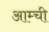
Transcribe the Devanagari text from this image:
आम्ची